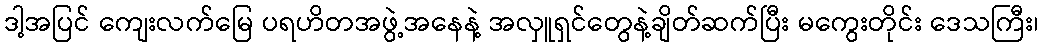
ဒါ့အပြင် ကျေးလက်မြေ ပရဟိတအဖွဲ့အနေနဲ့ အလှူရှင်တွေနဲ့ချိတ်ဆက်ပြီး မကွေးတိုင်း ဒေသကြီး၊